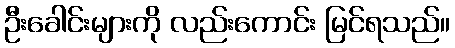
ဦးခေါင်းများကို လည်းကောင်း မြင်ရသည်။